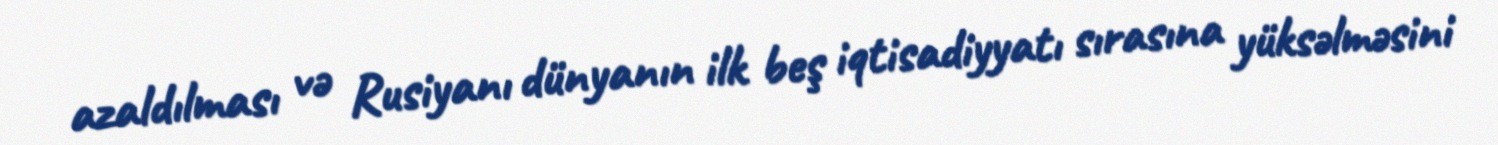
azaldılması və Rusiyanı dünyanın ilk beş iqtisadiyyatı sırasına yüksəlməsini